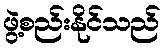
ဖွဲ့စည်းနိုင်သည်